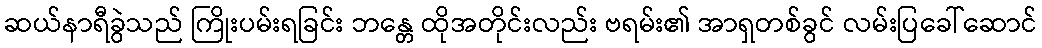
ဆယ်နာရီခွဲသည် ကြိုးပမ်းရခြင်း ဘန္တေ ထိုအတိုင်းလည်း ဗရမ်း၏ အာရှတစ်ခွင် လမ်းပြခေါ်ဆောင်